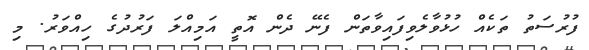
ފުރުސަތު ތަކެއް ހުޅުވާލެވިފައިވާތަން ފެނޭ ދެން އޮތީ އަމިއްލަ ފަރުދުގެ ހިއްވަރު. މި